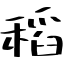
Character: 稻